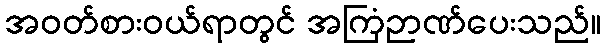
အဝတ်စားဝယ်ရာတွင် အကြံဉာဏ်ပေးသည်။